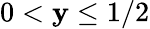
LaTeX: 0<\mathbf{y}\leq1/2